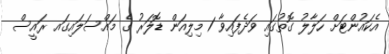
އެކައުންޓަށް ހަލާލު ގޮތުގައި ވަދެފައިވާ 1 މިލިއަން ޑޮލަރު ގެ މައްސަލައިގައ ރައީސް